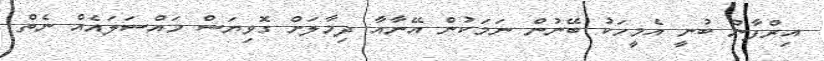
އިރްފާން ބުނީ އެމީހަކު ބޭނުން ނަމަކުން އޭނާއާ ދިމާލަށް ގޮވިޔަސް މައްސަލައެއް ނެތް